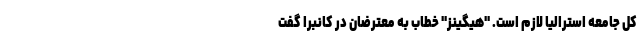
کل جامعه استرالیا لازم است. "هیگینز" خطاب به معترضان در کانبرا گفت